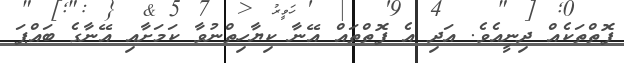
ފޮތްތަކެއް ދިނީއެވެ. އަދި އެ ފޮތްތައް އޭނާ ކިޔާހިތްނުވާ ކަމަށާއި އޭނާގެ ބައްޕަ